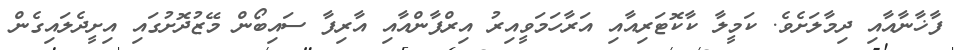
ފާޚާނާއާއި ދިމާލަށެވެ. ކަމީލާ ކާކޮޓަރިއާއި އަރާހަމަވީއިރު އިރްފާންއާއި އާރިފާ ސައިބޯން މޭޒުދޮށުގައި އިށީދެލައިގެން